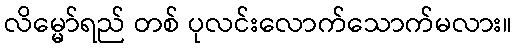
လိမ္မော်ရည် တစ် ပုလင်းလောက်သောက်မလား။